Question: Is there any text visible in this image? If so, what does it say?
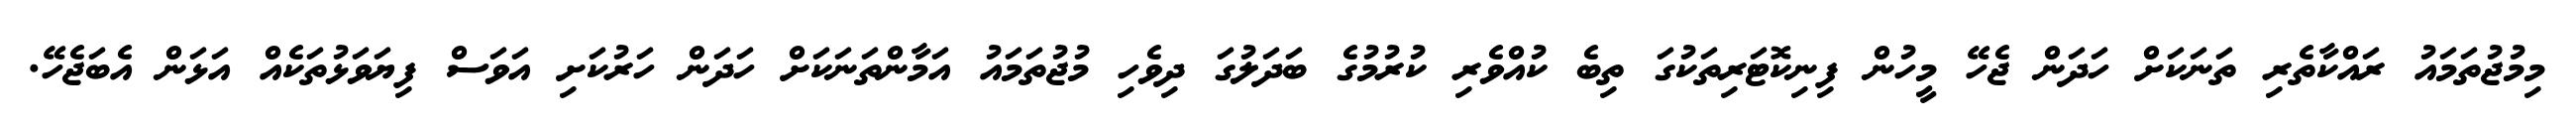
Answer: މިމުޖުތަމައު ރައްކާތެރި ތަނަކަށް ހަދަން ޖެހޭ މީހުން ފިނިކޮޓަރިތަކުގަ ތިބެ ކުއްވެރި ކުރުމުގެ ބަދަލުގަ ދިވެހި މުޖުތަމައު އަމާންތަނަކަށް ހަދަން ހަރުކަށި އަވަސް ފިޔަވަޅުތަކެއް އަޅަން އެބަޖެހޭ.